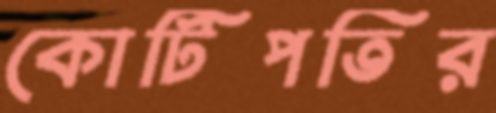
কোটিপতির